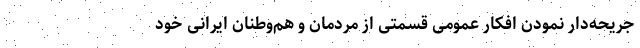
جریحه‌دار نمودن افکار عمومی قسمتی از مردمان و هم‌وطنان ایرانی خود